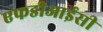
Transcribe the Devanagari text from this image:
एफडीआईसी